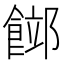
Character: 𩜛